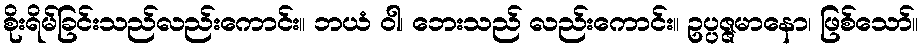
စိုးရိမ်ခြင်းသည်လည်းကောင်း။ ဘယံ ဝါ၊ ဘေးသည် လည်းကောင်း။ ဥပ္ပဇ္ဇမာနော၊ ဖြစ်သော်။